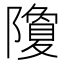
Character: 𮥮